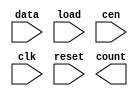
////////////////////////////////////////////////////////////////////////////////
//
//       This confidential and proprietary software may be used only
//     as authorized by a licensing agreement from Synopsys Inc.
//     In the event of publication, the following notice is applicable:
//
//                    (C) COPYRIGHT 1994 - 2016 SYNOPSYS INC.
//                           ALL RIGHTS RESERVED
//
//       The entire notice above must be reproduced on all authorized
//     copies.
//
//
// VERSION:   Simulation Architecture
//
// DesignWare_version: b4a89ec6
// DesignWare_release: K-2015.06-DWBB_201506.5.2
//
////////////////////////////////////////////////////////////////////////////////
//-----------------------------------------------------------------------------------
//
// ABSTRACT:  LFSR Counter with Loadable Data Input
//           Programmable wordlength (width in integer range 1 to 50)
//           positive edge-triggering clock: clk
//           asynchronous reset(active low): reset
//           loadable (active low): load
//           when load = '0' load data and xor previous count
//           when load = '1' regular lfsr up counter
//           count state : count
//           when reset = '0', count <= "000...000"
//           counter state 0 to 2**width-2, "111...111" illegal state
//
// MODIFIED:
//
//           07/15/2015  Liming Su   Changed for compatibility with VCS Native
//                                   Low Power
//           07/14/94 06:14am
//           GN  Feb. 16th, 1996
//           changed DW03 to DW03
//           remove $generic and $end_generic
//           define paramter = 8
//------------------------------------------------------------------------------

module DW03_lfsr_load
  (data, load, cen, clk, reset, count);

  parameter width = 8 ;
  input [width-1 : 0] data;
  input load, cen, clk, reset;
  output [width-1 : 0] count;

  // synopsys translate_off

  reg right_xor, shift_right;
  reg [width-1 : 0] q, d, de, datax;

`ifdef UPF_POWER_AWARE
`protected
2c&E_S)Y9AXU;,ZG0]T[X(3/W0#<86@_R^1JD7-JEV;8b.73=Z#T0)N^OSCI9EDS
E^\(<(P5#_eX_9[GC+9Q(C8bG@W58;DKY3R^TAJ;E/2Ya]_4,5=(JGD8.Q@Of>>J
@Ag^35dR3(e.G=T3fK520,7;;\8[B7dH80>AZS7)>=;9CSKUVU\Ce48SO-Dd.W:N
RKb79VO/@L;,Y+0Sb(Z]Z3cc6W_V-d^D6gUZb?CO)LV]b[gRO^LdWHENV<,<WC8_
:f4A_IET^EKaAKPTe]WVODSeg+I4L2,>ADg=7W2+5X6eRQ1R^>:C)FDY:c2gUX]Y
?\.A(@@EOFFQ2J9Xe.Q5\ESd6-T<7M46&(HR]BYCI[KT:eHJE=ALO@RGP.LBT@#G
_5[Ff;XTVgKG+F/M6:H]CeOaX4HeVYaT##Ef[(,Sg4.C:I34CRUdDO+NcH4X3IGY
(>2QW1E/(U/eVG9H?>e-5O?(82Xc4T[c#(B<KSJ\E?_B&?4?Q:HF+_N;f#Yc]e/C
dGCOEH#_]MNH2FQT?1GI3WD[SbWY37VR7g&-;(A3<DNf4FR;,A?OA7\Q>72X?]e\
41_5<&eQQ;f4gO2Nc0/2.=@??]/CH#;d@[B9=B+7\L4Q<^[2aWc;Y59=T(\:XNdP
A#]Z0d.JD<R.S:d^.aaJ/JbaNYEKEFb;>&T8VELc:O&3Y4V<_?eND-@O^>Dd1LAG
>2NHZI>,#)4eBd6b1<UO^(GOP?A3E9d.;9;0YZW7<IM\>[?H-S;-AEEFUOY=dRZX
:E-YdF<TcJ-I3I\);d/?)P93_GbU)=eeQH6)(:5>(5B0&geD?D(T++<D-?6BWNYe
/U:H)]ZKV#eObG^SYFR69;SK54I>_Q+CXF]:G3E#\U:3SV\WWH<,R]g[?7I&DD@_
CDT&U#Q&@c-a=;FID:XO[-<FV2c6#/X;Pa2BZK0VPQOQ.D7KTQ-cJg__L:PS)VLY
#1R3d;/SFFY+U2HeU8)ea,6P5F2.6YO0L?Y&)S3U=1O/_R?B@ZFJNVBA\L;c2K7&
/dB>5P+VB)A4Oa]1&C^1DS^9IY17SWf#]9;OA5[G/R:SBZa>9:7R:(<G7]A5[CL-
>fY?7R<dC@3<OZ8?I0U2Y)Q16V@RScS6O@^C&1TGP+_K-aZdTU&Z&[fJJ(KOHMbZ
R.H5KL<8eV(3C#[(^W@JRD8H3bU9VXJZde-T2N)1>\O,>P3R.#PZ6Lf8WP(@E&(/
8V-JV;0RB(X8YWC0Jb:b#_)deLVN5;C35Y)+.HYB9b,+)aUZYB2;Q?HB3#<-YM5E
@_1MD@D]D-C\IVV\4bBB19/UV[Pa.2_+H0STYR(TF]PRQ4V=17\-a,WF92(1>(>6
geB0\Y/MI?-7O0)XF#B2K6KEgSO2Te+[=&Q>LI&AeGe,2+7L^fV)IZH3S6a7MC.0
N2/bKd_2#]5>STDJNDP+HeS,12,(Rgd]MYF=O7^dG[1&AC>3293;45+9f#/O.01d
H4[&-3=AE60B+@b[>c4CJMH:Pc0IAKD]Ne;f-SgN(Oe)J(@D0X>S7JP=C4FGT#.g
K=6C8QNIVI[;U4ZZ>N^I51,I>e+UWVO2(WE,-,>D_:]1EJHa[\E\\JMAX1&?XNFN
2Gf_G8_:g;V_N;P[Nga2IGd>aR5.eH:]#<ZQ7#7D_[.f7aU&?R3a,IP#ea].[\/M
?BXd#cLe9AH<fg0M#)(YAP_,F1=7ZL\W\;Z-Z0GJ?N+>8=P/ON6QTA=)1A2dE?fc
^ee-D1\O2MH&<bT<AP(G/UR5eX/CAGY,<X>HWCaF.(.AGTR20:MB4==)J$
`endprotected

`else
  reg [width-1 : 0] p;
`endif

  function [width-1 : 0] shr;
    input [width-1 : 0] a;
    input msb;
    reg [width-1 : 0] b;
    begin
      b = a >> 1;
      b[width-1] = msb;
      shr = b;
    end
  endfunction

  assign count = q;

`ifndef UPF_POWER_AWARE
  initial
    begin
    case (width)
      1: p = 1'b1;
      2,3,4,6,7,15,22: p = 'b011;
      5,11,21,29,35: p = 'b0101;
      10,17,20,25,28,31,41: p = 'b01001;
      9,39: p = 'b010001;
      23,47: p = 'b0100001;
      18: p = 'b010000001;
      49: p = 'b01000000001;
      36: p = 'b0100000000001;
      33: p = 'b010000000000001;
      8,38,43: p = 'b01100011;
      12: p = 'b010011001;
      13,45: p = 'b011011;
      14: p = 'b01100000000011;
      16: p = 'b0101101;
      19: p = 'b01100011;
      24: p = 'b011011;
      26,27: p = 'b0110000011;
      30: p = 'b011000000000000011;
      32,48: p = 'b011000000000000000000000000011;
      34: p = 'b01100000000000011;
      37: p = 'b01010000000101;
      40: p = 'b01010000000000000000101;
      42: p = 'b0110000000000000000000011;
      44,50: p = 'b01100000000000000000000000011;
      46: p = 'b01100000000000000000011;
      default p = 'bx;
    endcase
    end
`endif

  always
    begin: proc_shr
      right_xor = (width == 1) ? ~ q[0] : ^ (q & p);
      shift_right = ~ right_xor;
      @q;
    end // proc_shr

  always
    @(load or cen or shift_right or q or data)
    begin
      datax = data ^ shr(q,shift_right);
      de = load ? shr(q,shift_right) : datax;
      d = cen ? de : q;
    end

  always @(posedge clk or negedge reset)
    begin
      if (reset === 1'b0)
        begin
          q <= 0;
        end
      else
        begin
          q <= d;
        end
    end

  // synopsys translate_on

endmodule // DW03_lfsr_load